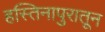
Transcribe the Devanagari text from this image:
हस्तिनापुरातून